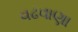
વઢવાણા